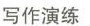
写作演练